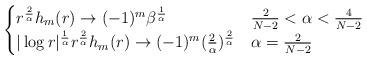
LaTeX: \begin{align*} \begin{cases} r^{\frac {2} {\alpha }} h _m (r) \to (-1)^m \beta^{\frac {1} {\alpha }} & \frac {2} {N-2} < \alpha < \frac {4} {N-2} \\ |\log r|^{\frac {1} {\alpha }}r^{\frac {2} {\alpha }} h _m (r) \to (-1)^m ( {\frac {2} {\alpha }} ) ^{\frac {2} {\alpha }} & \alpha = \frac {2} {N-2} \end{cases} \end{align*}